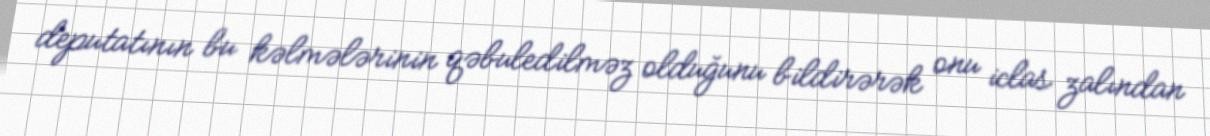
deputatının bu kəlmələrinin qəbuledilməz olduğunu bildirərək onu iclas zalından